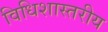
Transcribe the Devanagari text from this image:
विधिशास्तरीय